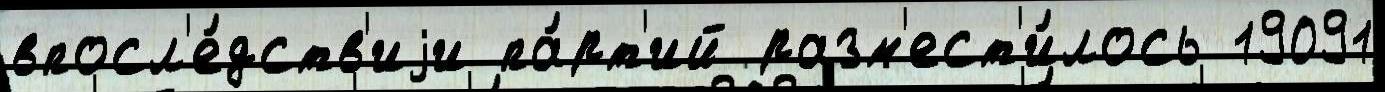
впосл'е́дств'иjи па́рт'ий разм'ест'и́лось 19091